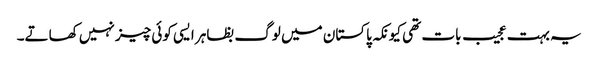
یہ بہت عجیب بات تھی کیونکہ پاکستان میں لوگ بظاہر ایسی کوئی چیز نہیں کھاتے۔